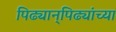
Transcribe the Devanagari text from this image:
पिढ्यान्‌पिढ्यांच्या